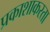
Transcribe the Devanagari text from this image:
प्रकाशाकरता